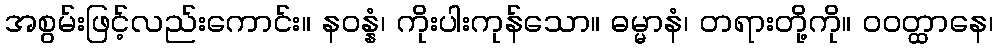
အစွမ်းဖြင့်လည်းကောင်း။ နဝန္နံ၊ ကိုးပါးကုန်သော။ ဓမ္မာနံ၊ တရားတို့ကို။ ဝဝတ္ထာနေ၊